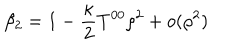
LaTeX: \beta _ { 2 } = 1 - { \frac { \kappa } { 2 } } T ^ { 0 0 } \rho ^ { 2 } + o ( \rho ^ { 2 } )